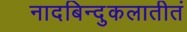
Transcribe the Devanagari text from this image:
नादबिन्दुकलातीतं